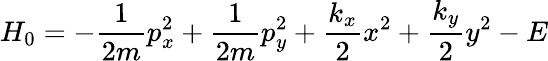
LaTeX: H_{0}=-\frac{1}{2m}p_{x}^{2}+\frac{1}{2m}p_{y}^{2}+\frac{k_{x}}{2}x^{2}+\frac{k_{y}}{2}y^{2}-E